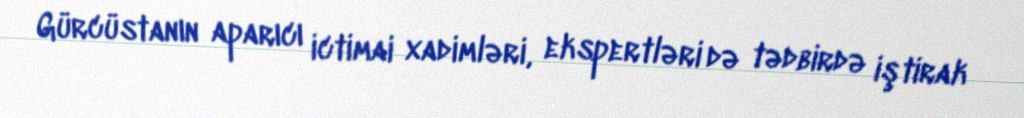
Gürcüstanın aparıcı ictimai xadimləri, ekspertləri də tədbirdə iştirak